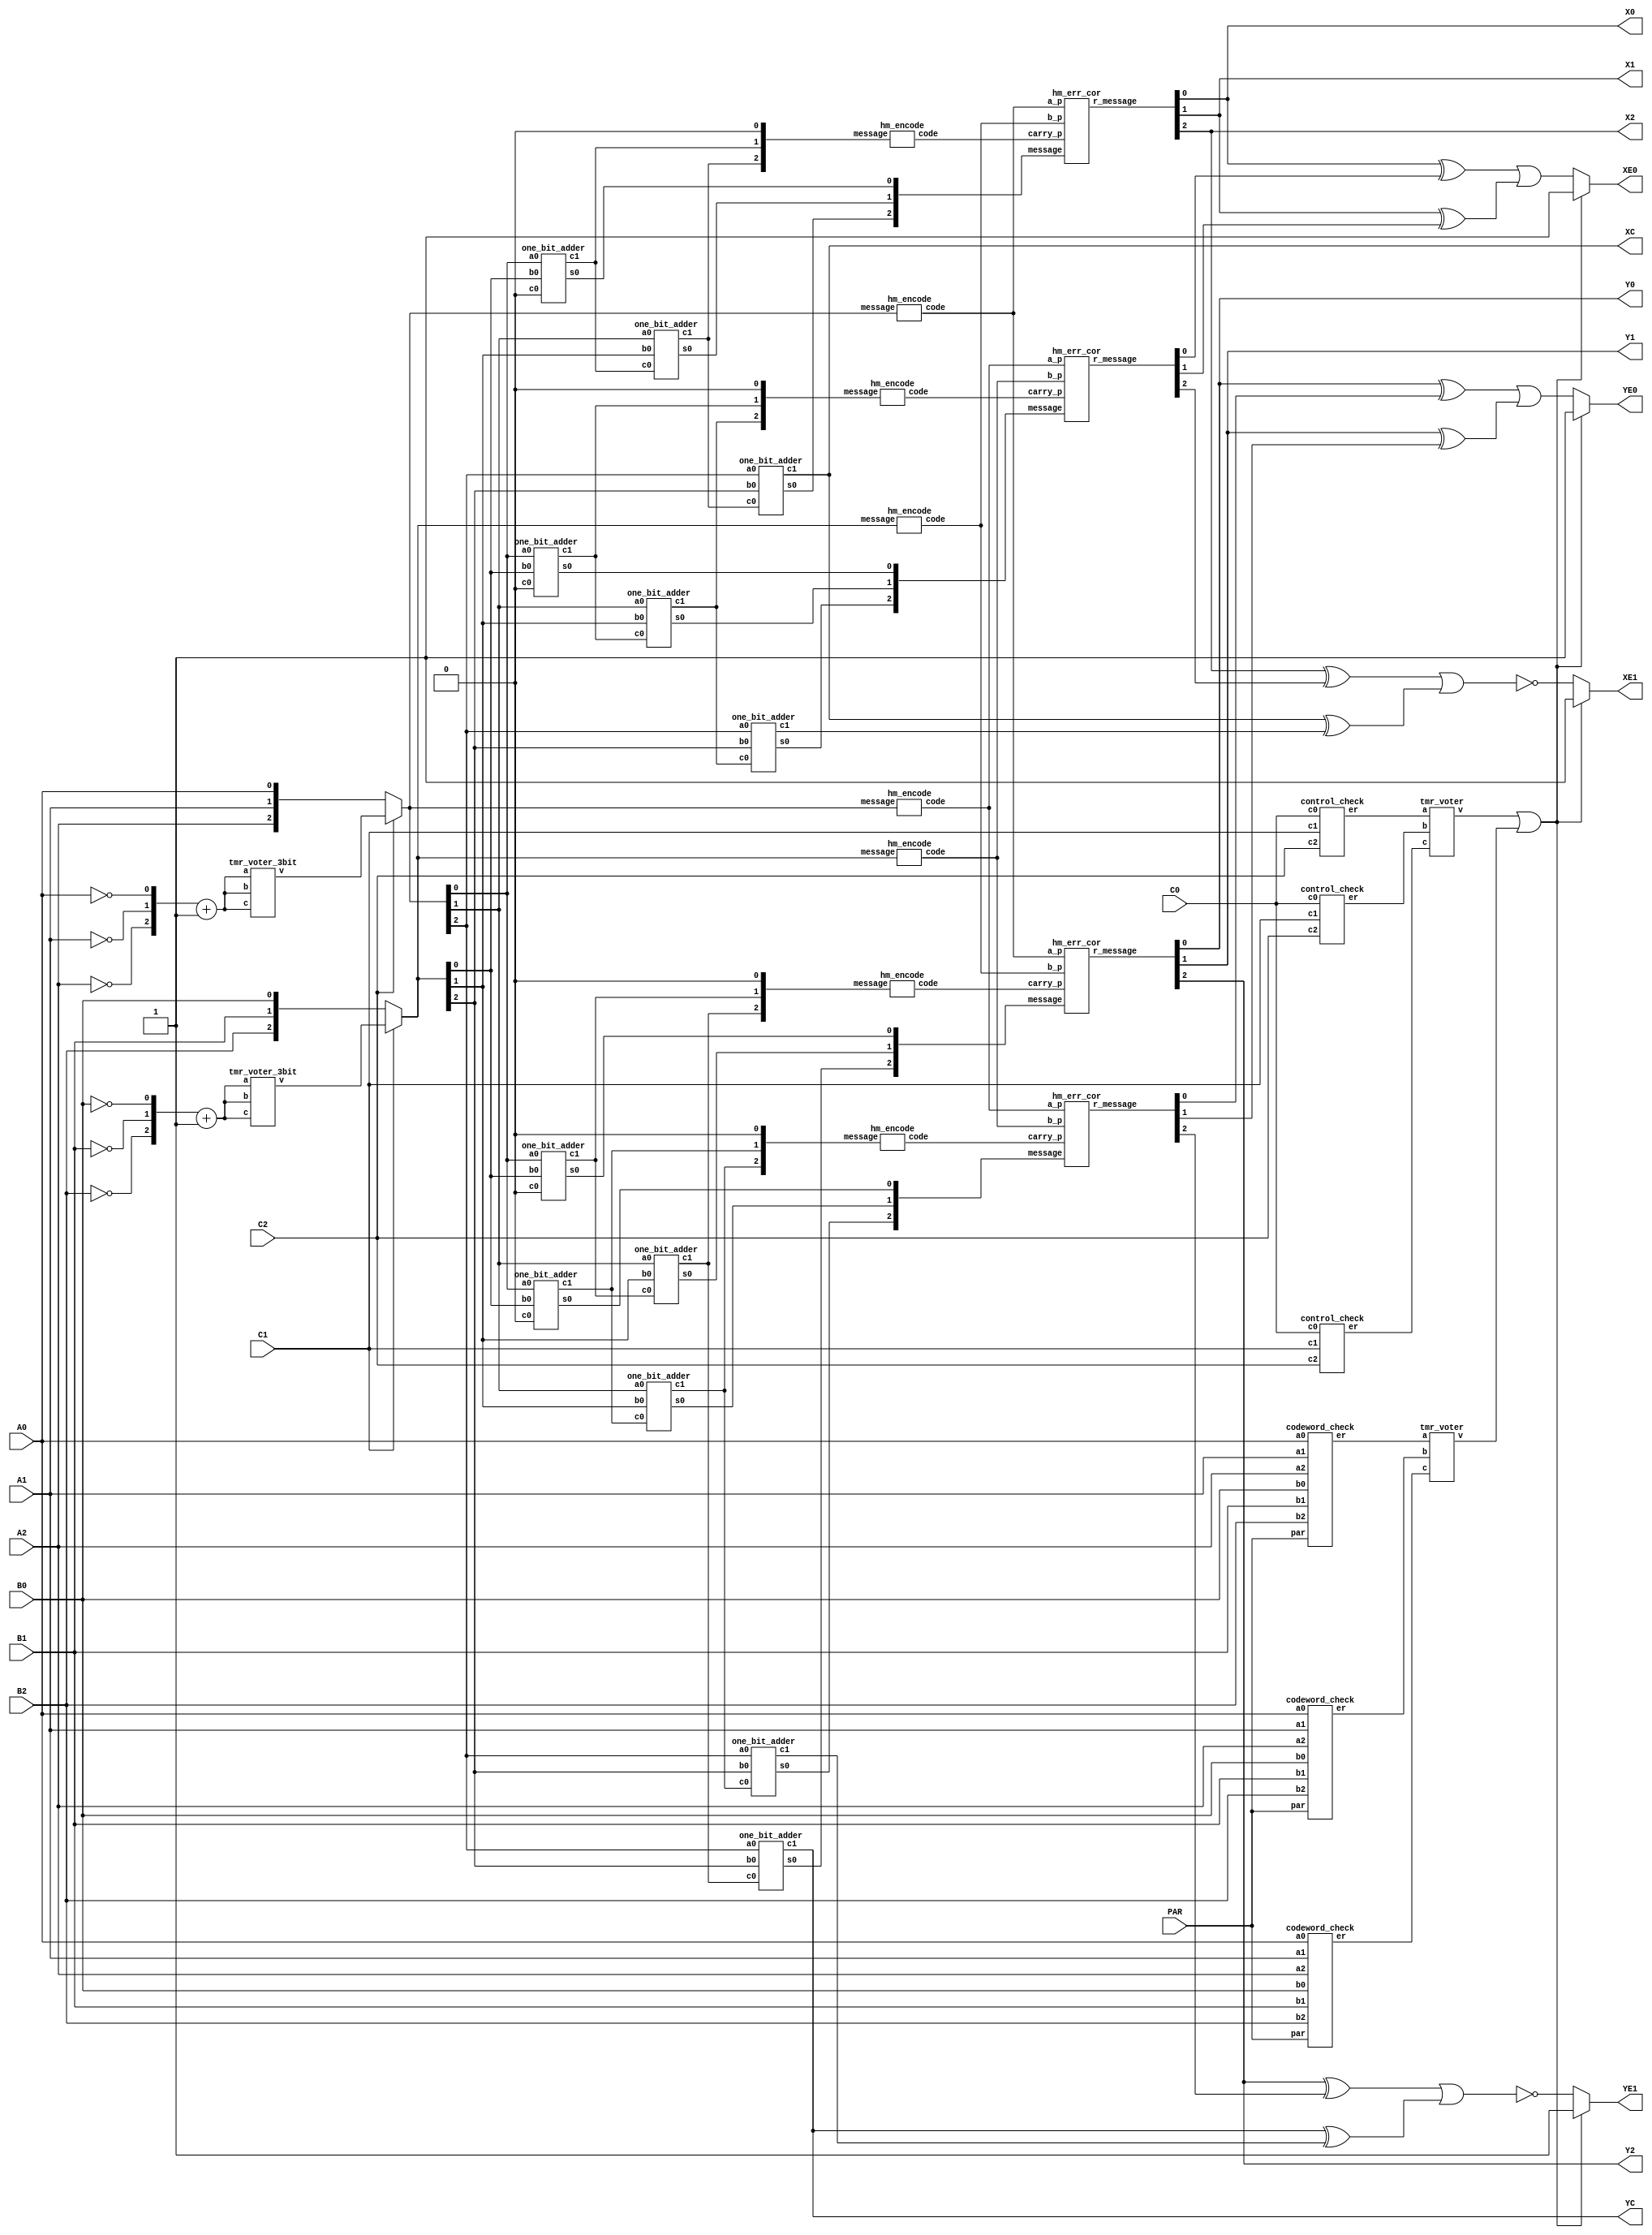
 //Code your design here
 /**************************************************************************/
 /*  Stub for Project in EE382M - Dependable Computing
 */
 /*
 */
 /*  Do not change I/O names in main() module
 */
 /*
 */
 /**************************************************************************/

module main(A0,A1,A2,B0,B1,B2,PAR,C0,C1,C2,X0,X1,X2,XC,XE0,XE1,
             Y0,Y1,Y2,YC,YE0,YE1);

  input A0,A1,A2,B0,B1,B2,PAR,C0,C1,C2;
  output X0,X1,X2,XC,XE0,XE1,Y0,Y1,Y2,YC,YE0,YE1;
  
  /* add your design here */
  //Determine if input is a codeword or not
  wire [2:0] cw_e_tmr;
  wire       cw_e;

  codeword_check codeword_checker_1(A0,A1,A2,B0,B1,B2,PAR,cw_e_tmr[0]);
  codeword_check codeword_checker_2(A0,A1,A2,B0,B1,B2,PAR,cw_e_tmr[1]);
  codeword_check codeword_checker_3(A0,A1,A2,B0,B1,B2,PAR,cw_e_tmr[2]);
  tmr_voter      tmr_voter_cw(cw_e_tmr[0],cw_e_tmr[1],cw_e_tmr[2],cw_e);
  

  
  //Determine if the control signal is one-hot or not
  wire [2:0] ci_e_tmr;
  wire       ci_e;
  control_check ctl_checker_1(C0,C1,C2,ci_e_tmr[0]);
  control_check ctl_checker_2(C0,C1,C2,ci_e_tmr[1]);
  control_check ctl_checker_3(C0,C1,C2,ci_e_tmr[2]);
  tmr_voter     tmr_voter_ci(ci_e_tmr[0],ci_e_tmr[1],ci_e_tmr[2],ci_e);

  //Determine the operation type and encode 
  wire [2:0]post_a;
  wire [2:0]post_b;
  wire [2:0]post_a_r;
  wire [2:0]post_b_r;
  wire [2:0]comp_a;
  wire [2:0]comp_b;
  wire [2:0]comp_a_r_1;
  wire [2:0]comp_a_r_2;
  wire [2:0]comp_a_r_3;
  wire [2:0]comp_b_r_1;
  wire [2:0]comp_b_r_2;
  wire [2:0]comp_b_r_3;

  assign comp_a_r_1 = {!A2,!A1,!A0} + 1;
  assign comp_a_r_2 = {!A2,!A1,!A0} + 1;
  assign comp_a_r_3 = {!A2,!A1,!A0} + 1;

  assign comp_b_r_1 = {!B2,!B1,!B0} + 1;
  assign comp_b_r_2 = {!B2,!B1,!B0} + 1;
  assign comp_b_r_3 = {!B2,!B1,!B0} + 1;
  
  tmr_voter_3bit tmr_voter_3bit_comp_a(comp_a_r_1,comp_a_r_2,comp_a_r_3,comp_a);
  tmr_voter_3bit tmr_voter_3bit_comp_b(comp_b_r_1,comp_b_r_2,comp_b_r_3,comp_b);
  
  assign post_a = C2?comp_a:{A2,A1,A0};
  assign post_a_r = C2?comp_a:{A2,A1,A0};
  assign post_b = C1?comp_b:{B2,B1,B0};
  assign post_b_r = C1?comp_b:{B2,B1,B0};
  
  //Decode data using hamming code
  wire [2:0]hm_code_a;
  wire [2:0]hm_code_b;
  wire [2:0]hm_code_a_r;
  wire [2:0]hm_code_b_r;

  hm_encode hm_encode_1_a(post_a,hm_code_a);
  hm_encode hm_encode_1_b(post_b,hm_code_b);

  hm_encode hm_encode_1_a_r(post_a_r,hm_code_a_r);
  hm_encode hm_encode_1_b_r(post_b_r,hm_code_b_r);


  //Adder1
  wire [2:0] a_1; 
  wire [2:0] b_1;
  wire       cout_1; 
  wire [1:0] w_adder_1; 
  wire [2:0] pre_sum_1; 
  
  assign a_1[2:0] = post_a[2:0]; 
  assign b_1[2:0] = post_b[2:0]; 
  assign XC       = cout_1; 
  
  one_bit_adder adder_1_1(a_1[0],b_1[0],1'b0,pre_sum_1[0],w_adder_1[0]);
  one_bit_adder adder_1_2(a_1[1],b_1[1],w_adder_1[0],pre_sum_1[1],w_adder_1[1]);
  one_bit_adder adder_1_3(a_1[2],b_1[2],w_adder_1[1],pre_sum_1[2],cout_1);
  //FIXME ft_fa adder_1_1(a_1[0],b_1[0],1'b0,pre_sum_1[0],w_adder_1[0]);
  //FIXME ft_fa adder_1_2(a_1[1],b_1[1],w_adder_1[0],pre_sum_1[1],w_adder_1[1]);
  //FIXME ft_fa adder_1_3(a_1[2],b_1[2],w_adder_1[1],pre_sum_1[2],cout_1);
  
  //Adder1 redundancy 
  wire [2:0] a_1_r; 
  wire [2:0] b_1_r;
  wire       cout_1_r; 
  wire [1:0] w_adder_1_r; 
  wire [2:0] pre_sum_1_r; 
  
  assign a_1_r[2:0] = post_a[2:0]; 
  assign b_1_r[2:0] = post_b[2:0]; 
  
  //FIXME ft_fa adder_1_1_r(a_1_r[0],b_1_r[0],1'b0,pre_sum_1_r[0],w_adder_1_r[0]);
  //FIXME ft_fa adder_1_2_r(a_1_r[1],b_1_r[1],w_adder_1_r[0],pre_sum_1_r[1],w_adder_1_r[1]);
  //FIXME ft_fa adder_1_3_r(a_1_r[2],b_1_r[2],w_adder_1_r[1],pre_sum_1_r[2],cout_1_r);
  one_bit_adder adder_1_1_r(a_1_r[0],b_1_r[0],1'b0,pre_sum_1_r[0],w_adder_1_r[0]);
  one_bit_adder adder_1_2_r(a_1_r[1],b_1_r[1],w_adder_1_r[0],pre_sum_1_r[1],w_adder_1_r[1]);
  one_bit_adder adder_1_3_r(a_1_r[2],b_1_r[2],w_adder_1_r[1],pre_sum_1_r[2],cout_1_r);

  //Correct error using hamming code
  wire [2:0]post_sum_1;
  wire [2:0]post_sum_1_r;
  wire [2:0]hm_code_carry_1;
  wire [2:0]hm_code_carry_1_r;

  hm_encode hm_encode_1_carry({w_adder_1[1],w_adder_1[0],1'b0},hm_code_carry_1);
  hm_encode hm_encode_1_carry_r({w_adder_1_r[1],w_adder_1_r[0],1'b0},hm_code_carry_1_r);
  hm_err_cor hm_err_cor_1(pre_sum_1,hm_code_a,hm_code_b,hm_code_carry_1,post_sum_1);
  hm_err_cor hm_err_cor_1_r(pre_sum_1_r,hm_code_a_r,hm_code_b_r,hm_code_carry_1_r,post_sum_1_r);

  //assign value
  assign X0 = post_sum_1[0];
  assign X1 = post_sum_1[1];
  assign X2 = post_sum_1[2];
  //FIXME assign X0 = pre_sum_1[0];
  //FIXME assign X1 = pre_sum_1[1];
  //FIXME assign X2 = pre_sum_1[2];

  //Adder2
  wire [2:0] a_2; 
  wire [2:0] b_2;
  wire       cout_2; 
  wire [1:0] w_adder_2; 
  wire [2:0] pre_sum_2; 
  
  assign a_2[2:0] = post_a[2:0]; 
  assign b_2[2:0] = post_b[2:0]; 
  assign YC       = cout_2; 
  
  one_bit_adder
  adder_2_1(a_2[0],b_2[0],1'b0,pre_sum_2[0],w_adder_2[0]);
  one_bit_adder
  adder_2_2(a_2[1],b_2[1],w_adder_2[0],pre_sum_2[1],w_adder_2[1]);
  one_bit_adder
  adder_2_3(a_2[2],b_2[2],w_adder_2[1],pre_sum_2[2],cout_2);
  
  
  //Adder2 redundancy 
  wire [2:0] a_2_r; 
  wire [2:0] b_2_r;
  wire       cout_2_r; 
  wire [1:0] w_adder_2_r; 
  wire [2:0] pre_sum_2_r; 
  
  assign a_2_r[2:0] = post_a[2:0]; 
  assign b_2_r[2:0] = post_b[2:0]; 
  
  one_bit_adder adder_2_1_r(a_2_r[0],b_2_r[0],1'b0,pre_sum_2_r[0],w_adder_2_r[0]);
  one_bit_adder adder_2_2_r(a_2_r[1],b_2_r[1],w_adder_2_r[0],pre_sum_2_r[1],w_adder_2_r[1]);
  one_bit_adder adder_2_3_r(a_2_r[2],b_2_r[2],w_adder_2_r[1],pre_sum_2_r[2],cout_2_r);

  //Correct error using hamming code
  wire [2:0]post_sum_2;
  wire [2:0]post_sum_2_r;
  wire [2:0]hm_code_carry_2;
  wire [2:0]hm_code_carry_2_r;

  //assign value
  //assign Y0 = pre_sum_2[0];
  //assign Y1 = pre_sum_2[1];
  //assign Y2 = pre_sum_2[2];
  assign Y0 = post_sum_2[0];
  assign Y1 = post_sum_2[1];
  assign Y2 = post_sum_2[2];

  hm_encode hm_encode_2_carry({w_adder_2[1],w_adder_2[0],1'b0},hm_code_carry_2);
  hm_encode hm_encode_2_carry_r({w_adder_2_r[1],w_adder_2_r[0],1'b0},hm_code_carry_2_r);
  hm_err_cor hm_err_cor_2(pre_sum_2,hm_code_a,hm_code_b,hm_code_carry_2,post_sum_2);
  hm_err_cor hm_err_cor_2_r(pre_sum_2_r,hm_code_a_r,hm_code_b_r,hm_code_carry_2_r,post_sum_2_r);


  //Error logic
  wire  pre_x0_e;
  wire  pre_x0_e_r;
  wire  pre_x1_e;
  wire  pre_x1_e_r;
  
  wire  pre_y0_e;
  wire  pre_y0_e_r;
  wire  pre_y1_e;
  wire  pre_y1_e_r;
  
  
  //Parity checking
  //FIXME assign pre_x0_e = (pre_sum_1[0]^pre_sum_1_r[0]) | (pre_sum_1[1]^pre_sum_1_r[1]);
  //FIXME assign pre_x0_e_r = (pre_sum_1[0]^pre_sum_1_r[0]) | (pre_sum_1[1]^pre_sum_1_r[1]);
  //FIXME assign pre_x1_e = !((pre_sum_1[2]^pre_sum_1_r[2]) | (cout_1^cout_1_r));
  //FIXME assign pre_x1_e_r = !((pre_sum_1[2]^pre_sum_1_r[2]) | (cout_1^cout_1_r));
  
  assign pre_x0_e = (post_sum_1[0]^post_sum_1_r[0]) | (post_sum_1[1]^post_sum_1_r[1]);
  assign pre_x0_e_r = (post_sum_1[0]^post_sum_1_r[0]) | (post_sum_1[1]^post_sum_1_r[1]);
  assign pre_x1_e = !((post_sum_1[2]^post_sum_1_r[2]) | (cout_1^cout_1_r));
  assign pre_x1_e_r = !((post_sum_1[2]^post_sum_1_r[2]) | (cout_1^cout_1_r));
  
  //FIXME assign pre_y0_e = (pre_sum_2[0]^pre_sum_2_r[0]) | (pre_sum_2[1]^pre_sum_2_r[1]);
  //FIXME assign pre_y0_e_r= (pre_sum_2[0]^pre_sum_2_r[0]) | (pre_sum_2[1]^pre_sum_2_r[1]);
  //FIXME assign pre_y1_e = !((pre_sum_2[2]^pre_sum_2_r[2]) | (cout_2^cout_2_r));
  //FIXME assign pre_y1_e_r = !((pre_sum_2[2]^pre_sum_2_r[2]) | (cout_2^cout_2_r));

  assign pre_y0_e = (post_sum_2[0]^post_sum_2_r[0]) | (post_sum_2[1]^post_sum_2_r[1]);
  assign pre_y0_e_r= (post_sum_2[0]^post_sum_2_r[0]) | (post_sum_2[1]^post_sum_2_r[1]);
  assign pre_y1_e = !((post_sum_2[2]^post_sum_2_r[2]) | (cout_2^cout_2_r));
  assign pre_y1_e_r = !((post_sum_2[2]^post_sum_2_r[2]) | (cout_2^cout_2_r));
  //Combine all error signal 
  wire [2:0]xe_0;
  wire [2:0]xe_1;
  wire [2:0]ye_0;
  wire [2:0]ye_1;
  
  assign XE0 = (ci_e|cw_e|(pre_x0_e != pre_x0_e_r))?1'b1:pre_x0_e;
  assign XE1 = (ci_e|cw_e|(pre_x1_e != pre_x1_e_r))?1'b1:pre_x1_e_r;
  assign YE0 = (ci_e|cw_e|(pre_y0_e != pre_y0_e_r))?1'b1:pre_y0_e_r;
  assign YE1 = (ci_e|cw_e|(pre_y1_e != pre_y1_e_r))?1'b1:pre_y1_e;

  //FIXME assign xe_0[0] = (ci_e|cw_e|(pre_x0_e != pre_x0_e_r))?1'b1:pre_x0_e;
  //FIXME assign xe_0[1] = (ci_e|cw_e|(pre_x0_e != pre_x0_e_r))?1'b1:pre_x0_e;
  //FIXME assign xe_0[2] = (ci_e|cw_e|(pre_x0_e != pre_x0_e_r))?1'b1:pre_x0_e;
  //FIXME assign xe_1[0] = (ci_e|cw_e|(pre_x1_e != pre_x1_e_r))?1'b1:pre_x1_e_r;
  //FIXME assign xe_1[1] = (ci_e|cw_e|(pre_x1_e != pre_x1_e_r))?1'b1:pre_x1_e_r;
  //FIXME assign xe_1[2] = (ci_e|cw_e|(pre_x1_e != pre_x1_e_r))?1'b1:pre_x1_e_r;
  //FIXME 
  //FIXME assign ye_0[0] = (ci_e|cw_e|(pre_y0_e != pre_y0_e_r))?1'b1:pre_y0_e_r;
  //FIXME assign ye_0[1] = (ci_e|cw_e|(pre_y0_e != pre_y0_e_r))?1'b1:pre_y0_e_r;
  //FIXME assign ye_0[2] = (ci_e|cw_e|(pre_y0_e != pre_y0_e_r))?1'b1:pre_y0_e_r;
  //FIXME assign ye_1[0] = (ci_e|cw_e|(pre_y1_e != pre_y1_e_r))?1'b1:pre_y1_e;
  //FIXME assign ye_1[1] = (ci_e|cw_e|(pre_y1_e != pre_y1_e_r))?1'b1:pre_y1_e;
  //FIXME assign ye_1[2] = (ci_e|cw_e|(pre_y1_e != pre_y1_e_r))?1'b1:pre_y1_e;

  //FIXME tmr_voter tmr_voter_xe0(xe_0[0],xe_0[1],xe_0[2],XE0);
  //FIXME tmr_voter tmr_voter_xe1(xe_1[0],xe_1[1],xe_1[2],XE1);
  //FIXME tmr_voter tmr_voter_ye0(ye_0[0],ye_0[1],ye_0[2],YE0);
  //FIXME tmr_voter tmr_voter_ye1(ye_1[0],ye_1[1],ye_1[2],YE1);
  endmodule
  


module hm_encode(message,code);
input  [2:0] message;
output [2:0] code;

wire p1,p2,p4;

assign p1 = message[0]^message[1];
assign p2 = message[0]^message[2];
assign p4 = message[1]^message[2];
assign code = {p4,p2,p1};
endmodule

module hm_err_cor(message,a_p,b_p,carry_p,r_message);
input  [2:0] message;
input  [2:0] a_p;
input  [2:0] b_p;
input  [2:0] carry_p;
output [2:0] r_message;

wire p1_exp,p2_exp,p4_exp;
wire p1_act,p2_act,p4_act;
wire p1_e,p2_e,p4_e; 

assign p1_exp = a_p[0]^b_p[0]^carry_p[0];
assign p2_exp = a_p[1]^b_p[1]^carry_p[1];
assign p4_exp = a_p[2]^b_p[2]^carry_p[2];

assign p1_act = message[0]^message[1];
assign p2_act = message[0]^message[2];
assign p4_act = message[1]^message[2];

assign p1_e =p1_exp^p1_act;
assign p2_e =p2_exp^p2_act;
assign p4_e =p4_exp^p4_act;

assign r_message = {(p1_e&p2_e&p4_e)^message[2],(p1_e&p4_e)^message[1],(p1_e&p2_e)^message[0]};//need a seperate alu for adding parity bit
endmodule

  module one_bit_adder(a0,b0,c0,s0,c1);
  
  /* three inputs which are 1 bit each */
  input a0;
  input b0;
  input c0;/* carry in */
  
  /* two outputs which are 1 bit each */
  output s0;/* sum */
  output c1;/* carry out */
  
  assign s0 = a0^b0^c0;
  assign c1 = (a0&b0)|(b0&c0)|(c0&a0);
  
  endmodule

  module ft_fa(a0,b0,c0,sum,cout);
  input a0,b0,c0;
  output sum,cout;
  
  wire sum_act,cout_act;
  one_bit_adder adder(a0,b0,c0,sum_act,cout_act);

  wire g3,g2,g1;
  wire s1,c1;
  wire fs,fc;
  wire fu;
  
  assign g3 = a0&b0&c0;
  assign g2 = b0&c0;
  assign g1 = b0|c0;
  
  assign fu = ((!a0)&(!b0)&(!c0)) | (a0&b0&c0);
  assign c1 = a0?g1:g2;
  assign s1 = fu?g3:(!c1);
  
  assign fs  = s1^sum_act;
  assign fc  = c1^cout_act;
  
  assign sum = fs?(!s1):s1;
  assign cout= fc?(!c1):c1;

  endmodule


  module codeword_check(a0,a1,a2,b0,b1,b2,par,er);
    input a0,a1,a2,b0,b1,b2,par;
    output er;
    wire       is_n_cw,is_n_cw_b;
    wire [1:0] w_cw; 
  
    assign w_cw[0] = a1^a2;
    assign is_n_cw = a0^w_cw[0];
    assign w_cw[1] = b1^b2;
    assign is_n_cw_b = b0^w_cw[1];
  
    assign er = !(is_n_cw^is_n_cw_b^par);
  endmodule

  module tmr_voter(a,b,c,v);
    input a,b,c;
    output v;
    wire s;

    assign s = a^b;
    assign v = s?c:b;

  endmodule 

  module tmr_voter_3bit(a,b,c,v);
    input [2:0]a;
    input [2:0]b;
    input [2:0]c;
    output[2:0]v;
    
    tmr_voter voter_1(a[2],b[2],c[2],v[2]);
    tmr_voter voter_2(a[1],b[1],c[1],v[1]);
    tmr_voter voter_3(a[0],b[0],c[0],v[0]);

  endmodule 
  module control_check(c0,c1,c2,er);
    input c0,c1,c2;
    output er;
    wire [2:0] w_ci; 

    assign w_ci[0] = (c0)|(c1)|(!c2);
    assign w_ci[1] = (c0)|(!c1)|(c2);
    assign w_ci[2] = (!c0)|(c1)|(c2);
    
    assign er = w_ci[0]&w_ci[1]&w_ci[2];
  endmodule
//module hm_encode_p(message,code,hm_par);
//input  [2:0] message;
//output [2:0] codeword;
//output       hm_par;
//
//wire p1,p2,p4,par;
//
//assign p1 = message[0]^message[1];
//assign p2 = message[0]^message[2];
//assign p4 = message[1]^message[2];
//assign par = message[2]^message[1]^message[0]^p1^p2^p4;
//assign code = {par,p4,p2,p1};
//endmodule
//
//
//module hm_err_cor_p(message,a_p,b_p,carry_p,hm_par,r_message,er);
//input  [2:0] message;
//input  [2:0] a_p;
//input  [2:0] b_p;
//input  [2:0] carry_p;
//input        hm_par;
//output [2:0] r_message;
//output       er;
//
//wire p1_exp,p2_exp,p4_exp;
//wire p1_act,p2_act,p4_act;
//wire p1_e,p2_e,p4_e; 
//wire par_act; 
//wire par_exp; 
//
//assign p1_exp = a_p[0]^b_p[0]^carry_p[0];
//assign p2_exp = a_p[1]^b_p[1]^carry_p[1];
//assign p4_exp = a_p[2]^b_p[2]^carry_p[2];
//
//assign p1_act = message[0]^message[1];
//assign p2_act = message[0]^message[2];
//assign p4_act = message[1]^message[2];
//
//assign p1_e =p1_exp^p1_act;
//assign p2_e =p2_exp^p2_act;
//assign p4_e =p4_exp^p4_act;
//
//assign r_message = {(p1_e&p2_e&p4_e)^message[2],(p1_e&p4_e)^message[1],(p1_e&p2_e)^message[0]};//need a seperate alu for adding parity bit
//
//assign par_act = message[2]^message[1]^message[0]^p1_act^p2_act^p2_act;
//assign par_act = message[2]^message[1]^message[0]^p1_act^p2_act^p2_act;
////assign er = (p1_e | p2_e | p3_e)&
//endmodule